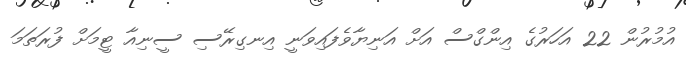
އުމުރުން 22 އަހަރުގެ އިންގްސް އަށް އަނިޔާވެފައިވަނީ އިނގިރޭސި ސީނިއާ ޓީމަށް ފުރަތަމަ